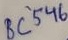
Text: BC546